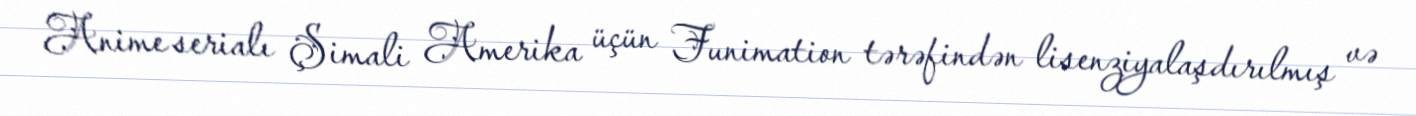
Anime serialı Şimali Amerika üçün Funimation tərəfindən lisenziyalaşdırılmış və